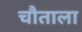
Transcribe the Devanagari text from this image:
चौताला